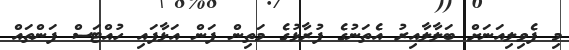
މި ފެވިލިއަނަށް ބަލާލާއިރު އެތަނުގެ ފުރާޅުގެ މަތިން ފަން އަޅާފައި ހުއްޓަސް ފަންތައް